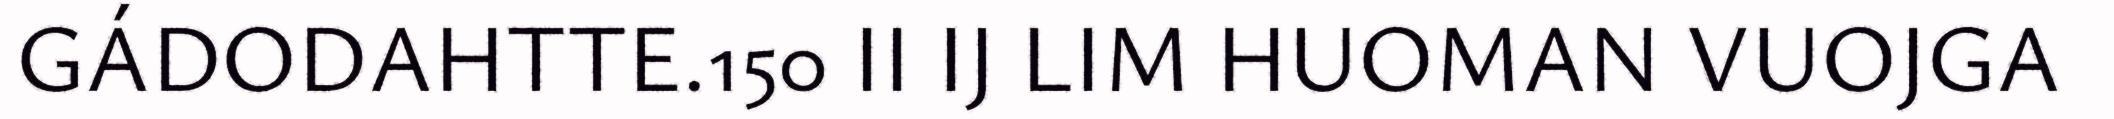
GÁDODAHTTE.150 II IJ LIM HUOMAN VUOJGA